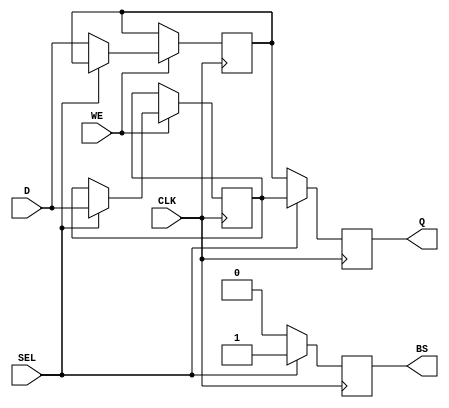
module double_buffer_register (
    input  wire [7:0] D,        // Data In (8-bit input)
    input  wire WE,             // Write Enable
    input  wire CLK,            // Clock
    input  wire SEL,            // Select for buffer (0 or 1)
    output reg  [7:0] Q,        // Data Out (8-bit output)
    output reg  BS              // Buffer Status (indicates active buffer)
);

// Internal Buffers
reg [7:0] buffer0; // Buffer 0
reg [7:0] buffer1; // Buffer 1

always @(posedge CLK) begin
    // Write Logic
    if (WE) begin
        if (SEL) begin
            buffer1 <= D; // Write to Buffer 1
        end else begin
            buffer0 <= D; // Write to Buffer 0
        end
    end

    // Read Logic
    if (SEL) begin
        Q <= buffer1; // Read from Buffer 1
        BS <= 1'b1;   // Buffer Status: 1 for Buffer 1
    end else begin
        Q <= buffer0; // Read from Buffer 0
        BS <= 1'b0;   // Buffer Status: 0 for Buffer 0
    end
end

// Optional: Asynchronous or synchronous reset logic can be added here
// For example, if a reset signal is added, buffers can be initialized to zero on reset
/*
always @(posedge RESET) begin
    buffer0 <= 8'b0; // Reset Buffer 0
    buffer1 <= 8'b0; // Reset Buffer 1
end
*/

endmodule